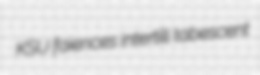
KSU faiences intertill tabescent